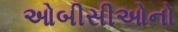
ઓબીસીઓનો